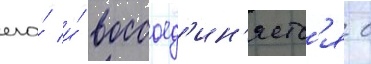
его́ и́ воссоед'ин'яетс'я с